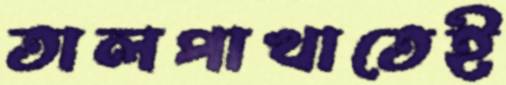
তালপাখাতেই